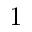
1